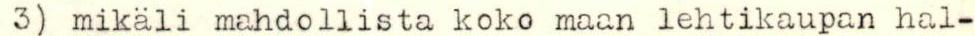
3) mikäli mahdollista koko maan lehtikaupan hal-